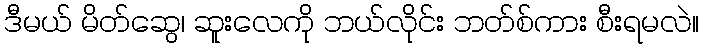
ဒီမယ် မိတ်ဆွေ၊ ဆူးလေကို ဘယ်လိုင်း ဘတ်စ်ကား စီးရမလဲ။